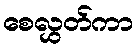
စေလွှတ်ကာ